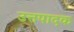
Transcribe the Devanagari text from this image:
उत्तपादक